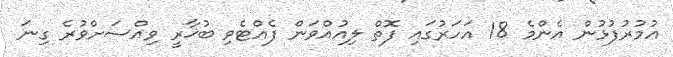
ޢުމުރުފުޅުން އެންމެ 18 އަހަރުގައި ފޮތް ލިއުއްވަން ފެއްޓެވި ބުޚާރީ ވިއްސަށްވުރެ ގިނަ